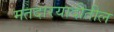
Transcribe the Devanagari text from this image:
मतदारयादीतील